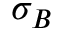
\sigma _ { B }